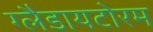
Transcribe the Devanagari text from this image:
ग्लैडायटोरम